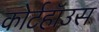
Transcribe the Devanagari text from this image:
कोर्टहॉउस